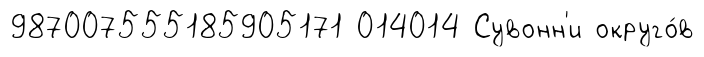
987007555185905171 014014 Сувонн'и округо́в